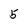
Character: 5